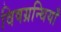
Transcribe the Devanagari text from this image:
विषग्रन्थियाँ